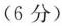
(6分)